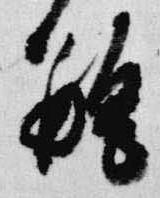
瓶